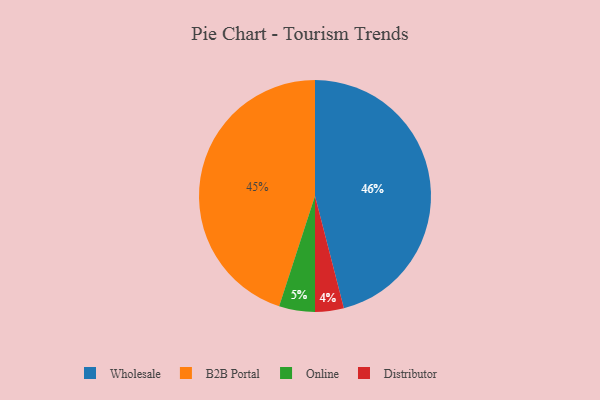
{"axis": {"x": "Category", "y": "Percentage"}, "legend": ["B2B Portal", "Distributor", "Online", "Wholesale"], "data": [{"x": "Wholesale", "y": 46, "type": "Wholesale"}, {"x": "Online", "y": 5, "type": "Online"}, {"x": "Distributor", "y": 4, "type": "Distributor"}, {"x": "B2B Portal", "y": 45, "type": "B2B Portal"}]}